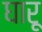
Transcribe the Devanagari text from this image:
घारू